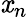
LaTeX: \mathit{x}_{n}